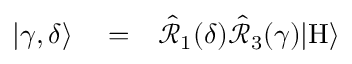
\begin{array} { r l r } { | \gamma , \delta \rangle } & { { } = } & { \hat { \mathcal { R } } _ { 1 } ( \delta ) \hat { \mathcal { R } } _ { 3 } ( \gamma ) | \mathrm { H } \rangle } \end{array}